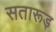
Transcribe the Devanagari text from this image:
सतारूड़